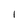
Character: l